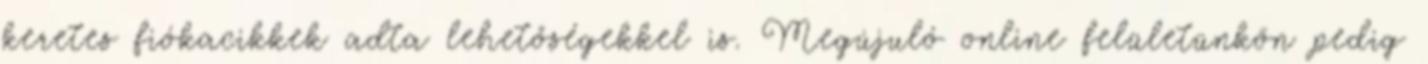
keretes fiókacikkek adta lehetőségekkel is. Megújuló online felületünkön pedig